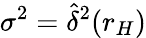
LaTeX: \sigma^{2}=\widehat{\delta}^{2}(r_{H})